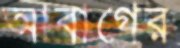
আবাগের